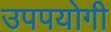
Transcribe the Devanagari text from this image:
उपपयोगी